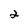
Character: 2